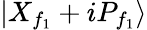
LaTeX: \left|{{{X}_{{f}_{1}}}+i{{P}_{{f}_{1}}}}\right\rangle